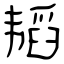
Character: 韬